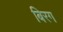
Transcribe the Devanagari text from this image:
बिरग